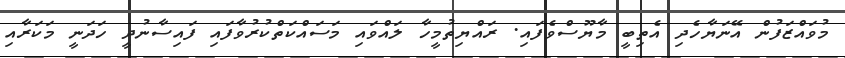
މުވައްޒަފުން އޭނަޔާހެދި އެތިބީ މާޔޫސްވެފައި. ރައްޔިތުމީހާ ލައްވައި މަސައްކަތްކުރުވާފައި ފައިސާނުދީ ހަދަނީ މަކަރާއި